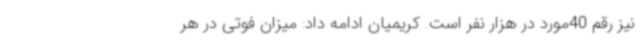
نیز رقم 40مورد در هزار نفر است. کریمیان ادامه داد: میزان فوتی در هر